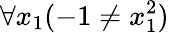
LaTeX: \forall x_{1}(-1\neq x_{1}^{2})